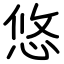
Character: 悠